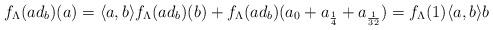
LaTeX: \begin{align*}f_\Lambda(ad_b)(a) = \langle a, b \rangle f_\Lambda(ad_b)(b) + f_\Lambda(ad_b)(a_0 + a_{\frac{1}{4}} + a_{\frac{1}{32}} ) = f_\Lambda(1)\langle a, b \rangle b\end{align*}